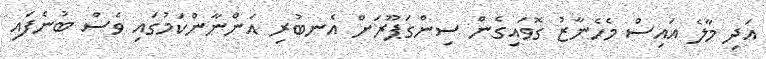
އަދި މާލެ އައިސް މެހެނާޒު ގޮވައިގެން ސިންގަޕޫރަށް އެނބުރި އަންނާންކަމުގައި ވެސް ބުނެފައި